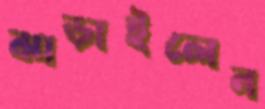
ঝাড়াইলেন